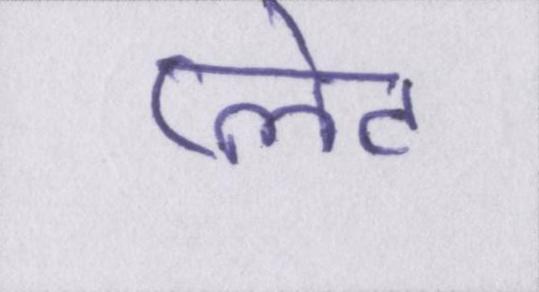
प्लेट